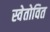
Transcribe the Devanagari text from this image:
स्वेतोवित